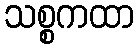
သစ္စကထာ